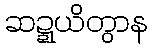
ဆဍ္ဍယိတွာန